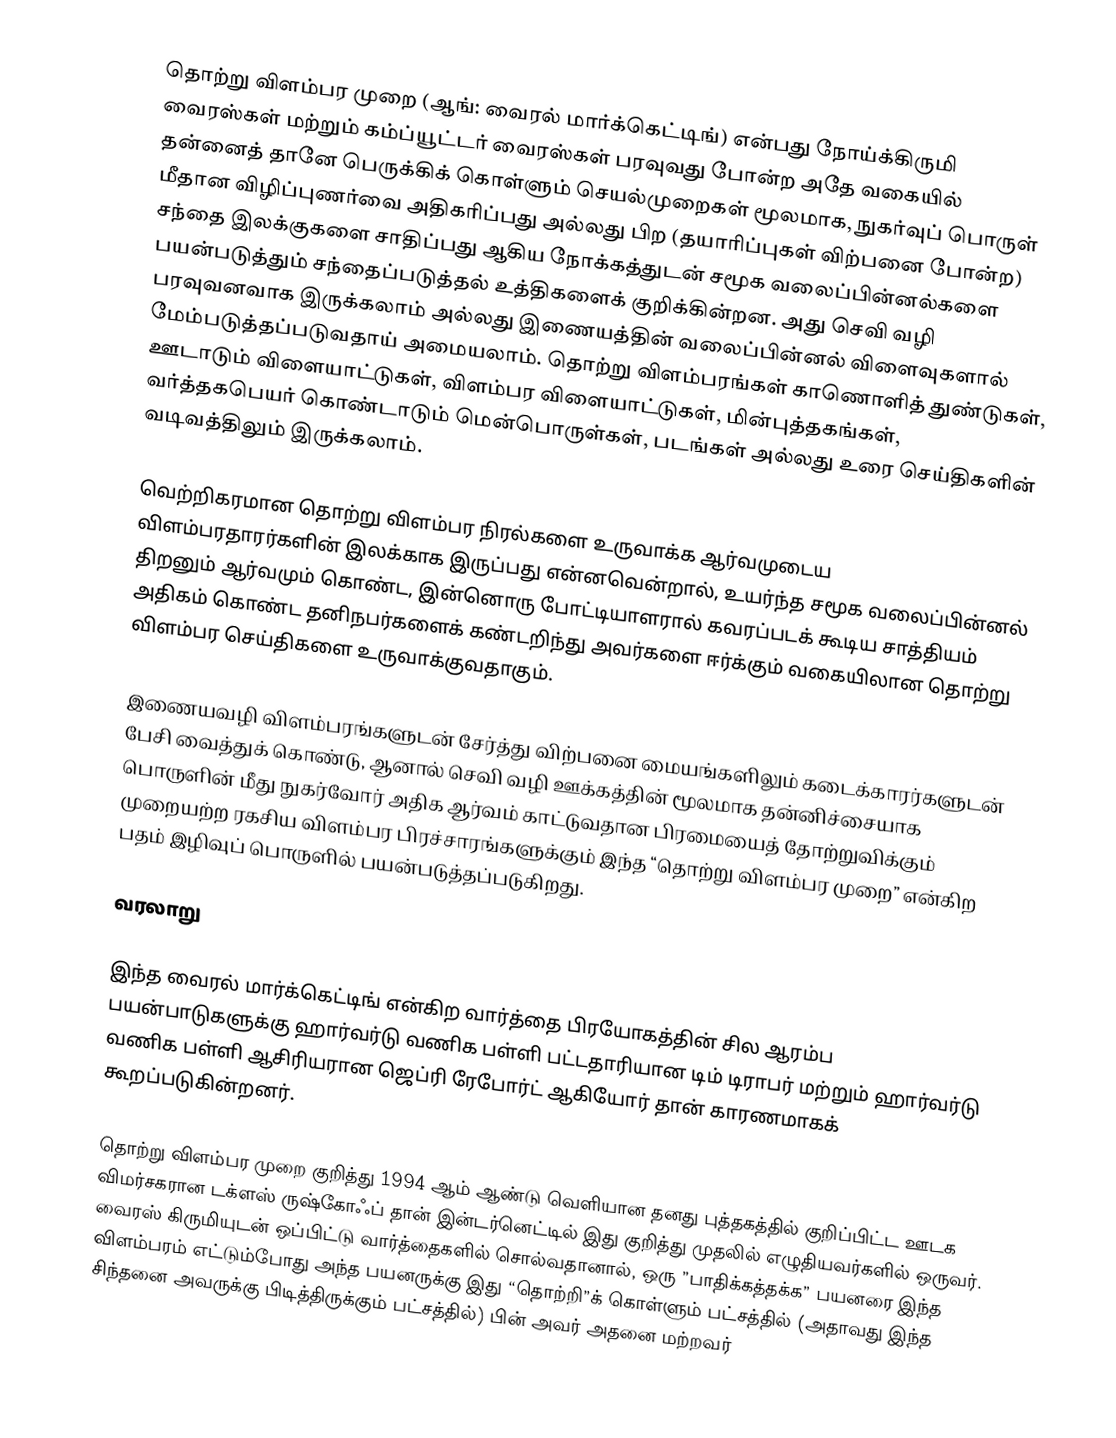
தொற்று விளம்பர முறை (ஆங்: வைரல் மார்க்கெட்டிங்) என்பது  நோய்க்கிருமி வைரஸ்கள் மற்றும் கம்ப்யூட்டர் வைரஸ்கள் பரவுவது போன்ற அதே வகையில் தன்னைத் தானே பெருக்கிக் கொள்ளும் செயல்முறைகள் மூலமாக, நுகர்வுப் பொருள் மீதான விழிப்புணர்வை அதிகரிப்பது அல்லது பிற (தயாரிப்புகள் விற்பனை போன்ற) சந்தை இலக்குகளை சாதிப்பது ஆகிய நோக்கத்துடன் சமூக வலைப்பின்னல்களை பயன்படுத்தும் சந்தைப்படுத்தல் உத்திகளைக் குறிக்கின்றன. அது செவி வழி பரவுவனவாக இருக்கலாம் அல்லது இணையத்தின் வலைப்பின்னல் விளைவுகளால் மேம்படுத்தப்படுவதாய் அமையலாம்.  தொற்று விளம்பரங்கள் காணொளித் துண்டுகள், ஊடாடும் விளையாட்டுகள், விளம்பர விளையாட்டுகள், மின்புத்தகங்கள், வர்த்தகபெயர் கொண்டாடும் மென்பொருள்கள், படங்கள் அல்லது உரை செய்திகளின் வடிவத்திலும் இருக்கலாம்.

வெற்றிகரமான தொற்று விளம்பர நிரல்களை உருவாக்க ஆர்வமுடைய விளம்பரதாரர்களின் இலக்காக இருப்பது என்னவென்றால், உயர்ந்த சமூக வலைப்பின்னல் திறனும் ஆர்வமும் கொண்ட, இன்னொரு போட்டியாளரால் கவரப்படக் கூடிய சாத்தியம் அதிகம் கொண்ட தனிநபர்களைக் கண்டறிந்து அவர்களை ஈர்க்கும் வகையிலான தொற்று விளம்பர செய்திகளை உருவாக்குவதாகும்.

இணையவழி விளம்பரங்களுடன் சேர்த்து விற்பனை மையங்களிலும் கடைக்காரர்களுடன் பேசி வைத்துக் கொண்டு, ஆனால் செவி வழி ஊக்கத்தின் மூலமாக தன்னிச்சையாக பொருளின் மீது நுகர்வோர் அதிக ஆர்வம் காட்டுவதான பிரமையைத் தோற்றுவிக்கும் முறையற்ற ரகசிய விளம்பர பிரச்சாரங்களுக்கும் இந்த “தொற்று விளம்பர முறை” என்கிற பதம் இழிவுப் பொருளில் பயன்படுத்தப்படுகிறது.

வரலாறு

இந்த வைரல் மார்க்கெட்டிங்  என்கிற வார்த்தை பிரயோகத்தின் சில ஆரம்ப பயன்பாடுகளுக்கு ஹார்வர்டு வணிக பள்ளி பட்டதாரியான டிம் டிராபர் மற்றும் ஹார்வர்டு வணிக பள்ளி ஆசிரியரான ஜெப்ரி ரேபோர்ட் ஆகியோர் தான் காரணமாகக் கூறப்படுகின்றனர்.

தொற்று விளம்பர முறை குறித்து 1994 ஆம் ஆண்டு வெளியான தனது புத்தகத்தில் குறிப்பிட்ட ஊடக விமர்சகரான டக்ளஸ் ருஷ்கோஃப் தான் இன்டர்னெட்டில் இது குறித்து முதலில் எழுதியவர்களில் ஒருவர்.  வைரஸ் கிருமியுடன் ஒப்பிட்டு வார்த்தைகளில் சொல்வதானால், ஒரு ”பாதிக்கத்தக்க” பயனரை இந்த விளம்பரம் எட்டும்போது அந்த பயனருக்கு இது “தொற்றி”க் கொள்ளும் பட்சத்தில் (அதாவது இந்த சிந்தனை அவருக்கு பிடித்திருக்கும் பட்சத்தில்) பின் அவர் அதனை மற்றவர்